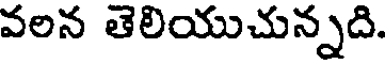
వలన తెలియుచున్నది.